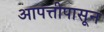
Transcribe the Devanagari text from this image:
आपत्तीपासून